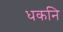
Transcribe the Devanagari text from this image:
धकनि